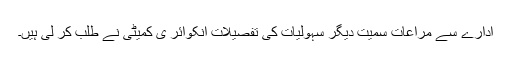
ادارے سے مراعات سمیت دیگر سہولیات کی تفصیلات انکوائر ی کمیٹی نے طلب کر لی ہیں۔